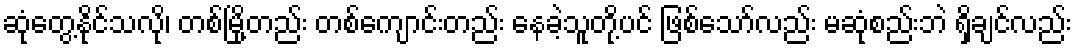
ဆုံတွေ့နိုင်သလို၊ တစ်မြို့တည်း တစ်ကျောင်းတည်း နေခဲ့သူတို့ပင် ဖြစ်သော်လည်း မဆုံစည်းဘဲ ရှိချင်လည်း